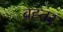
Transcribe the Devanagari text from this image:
ब्रह्तर